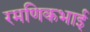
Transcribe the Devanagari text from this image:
रमणिकभाई